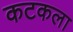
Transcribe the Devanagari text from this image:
कटकला